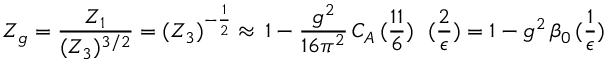
Z _ { g } = \frac { Z _ { 1 } } { ( Z _ { 3 } ) ^ { 3 / 2 } } = ( Z _ { 3 } ) ^ { - \frac { 1 } { 2 } } \approx \, 1 - \frac { g ^ { 2 } } { 1 6 \pi ^ { 2 } } \, C _ { A } \, ( \frac { 1 1 } { 6 } ) \; \, \, ( \frac { 2 } { \epsilon } ) = 1 - { g ^ { 2 } } \, \beta _ { 0 } \, ( \frac { 1 } { \epsilon } )